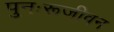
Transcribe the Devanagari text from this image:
पुनःरूजीवन